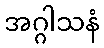
အဂ္ဂါသနံ